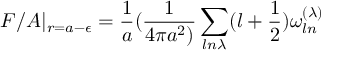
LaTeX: F / A | _ { r = a - \epsilon } = { \frac { 1 } { a } } ( { \frac { 1 } { 4 \pi a ^ { 2 } ) } } \sum _ { l n \lambda } ( l + { \frac { 1 } { 2 } } ) \omega _ { l n } ^ { ( \lambda ) }